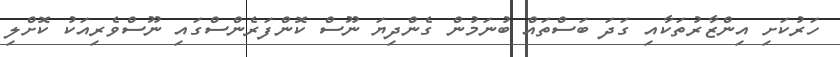
ހަރުކަށި އިންޒާރުތަކާއި ގަދަ ބަސްތައް ބުނަމުން ގެންދިޔަ ނޫސް ކޮންފަރެންސްގައި ނޫސްވެރިއަކު ކޮށްލި